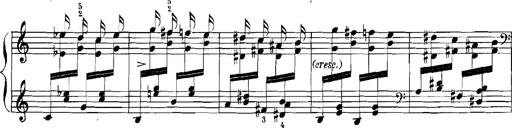
Title: Rhapsodies hongroises
Composer: Franz Liszt